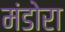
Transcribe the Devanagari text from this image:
मंडोरा